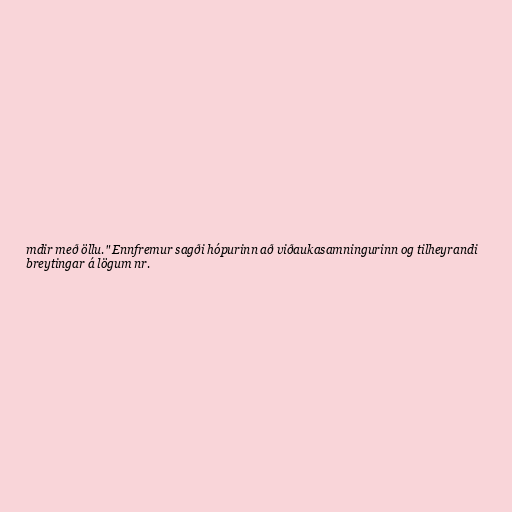
mdir með öllu." Ennfremur sagði hópurinn að viðaukasamningurinn og tilheyrandi
breytingar á lögum nr.